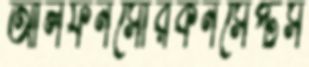
আলফনসোরকনসেপ্টস